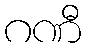
ဂဏီ